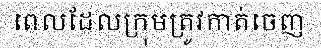
ពេលដែលក្រុមត្រូវកាត់ចេញ